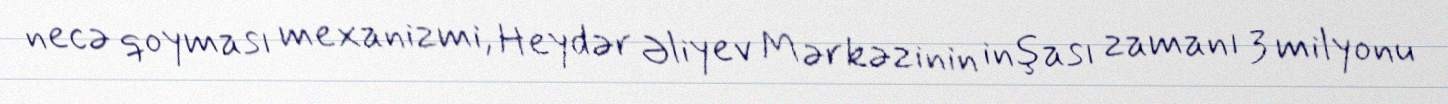
necə qoyması mexanizmi, Heydər Əliyev Mərkəzinin inşası zamanı 3 milyonu